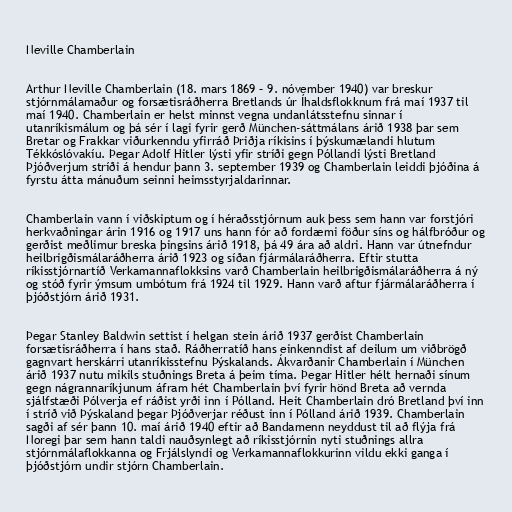
Neville Chamberlain

Arthur Neville Chamberlain (18. mars 1869 – 9. nóvember 1940) var breskur
stjórnmálamaður og forsætisráðherra Bretlands úr Íhaldsflokknum frá maí 1937 til
maí 1940. Chamberlain er helst minnst vegna undanlátsstefnu sinnar í
utanríkismálum og þá sér í lagi fyrir gerð München-sáttmálans árið 1938 þar sem
Bretar og Frakkar viðurkenndu yfirráð Þriðja ríkisins í þýskumælandi hlutum
Tékkóslóvakíu. Þegar Adolf Hitler lýsti yfir stríði gegn Póllandi lýsti Bretland
Þjóðverjum stríði á hendur þann 3. september 1939 og Chamberlain leiddi þjóðina á
fyrstu átta mánuðum seinni heimsstyrjaldarinnar.

Chamberlain vann í viðskiptum og í héraðsstjórnum auk þess sem hann var forstjóri
herkvaðningar árin 1916 og 1917 uns hann fór að fordæmi föður síns og hálfbróður og
gerðist meðlimur breska þingsins árið 1918, þá 49 ára að aldri. Hann var útnefndur
heilbrigðismálaráðherra árið 1923 og síðan fjármálaráðherra. Eftir stutta
ríkisstjórnartíð Verkamannaflokksins varð Chamberlain heilbrigðismálaráðherra á ný
og stóð fyrir ýmsum umbótum frá 1924 til 1929. Hann varð aftur fjármálaráðherra í
þjóðstjórn árið 1931.

Þegar Stanley Baldwin settist í helgan stein árið 1937 gerðist Chamberlain
forsætisráðherra í hans stað. Ráðherratíð hans einkenndist af deilum um viðbrögð
gagnvart herskárri utanríkisstefnu Þýskalands. Ákvarðanir Chamberlain í München
árið 1937 nutu mikils stuðnings Breta á þeim tíma. Þegar Hitler hélt hernaði sínum
gegn nágrannaríkjunum áfram hét Chamberlain því fyrir hönd Breta að vernda
sjálfstæði Pólverja ef ráðist yrði inn í Pólland. Heit Chamberlain dró Bretland því inn
í stríð við Þýskaland þegar Þjóðverjar réðust inn í Pólland árið 1939. Chamberlain
sagði af sér þann 10. maí árið 1940 eftir að Bandamenn neyddust til að flýja frá
Noregi þar sem hann taldi nauðsynlegt að ríkisstjórnin nyti stuðnings allra
stjórnmálaflokkanna og Frjálslyndi og Verkamannaflokkurinn vildu ekki ganga í
þjóðstjórn undir stjórn Chamberlain.